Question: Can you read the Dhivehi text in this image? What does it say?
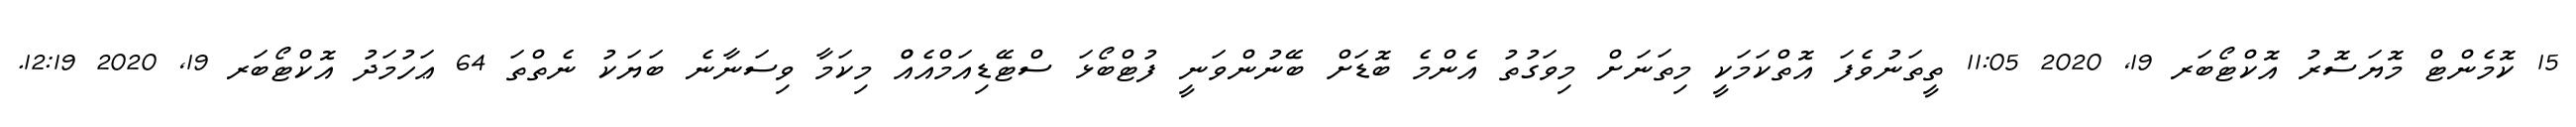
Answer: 15 ކޮމެންޓް މޮޔަސޮރު އޮކްޓޯބަރ 19, 2020 11:05 ތީތަނުވެފަ އޮތްކަމަކީ މިތަނަށް މިވަގުތު އެންމެ ބޮޑަށް ބޭނުންވަނީ ފުޓްބޯޅަ ސްޓޭޑިއަމްއެއްް މިކަމާ ވިސަނާނެ ބަޔަކު ނެތްތަ 64 ޢަހުމަދު އޮކްޓޯބަރ 19, 2020 12:19.